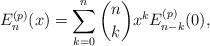
LaTeX: \begin{align*}E_{n}^{(p)}(x) = \sum_{k=0}^{n} \binom{n}{k} x^{k} E_{n-k}^{(p)}(0),\end{align*}